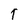
Character: T